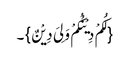
{لَکُمْ دِیْنُکُمْ وَلِیَ دِیْنٌ}۔